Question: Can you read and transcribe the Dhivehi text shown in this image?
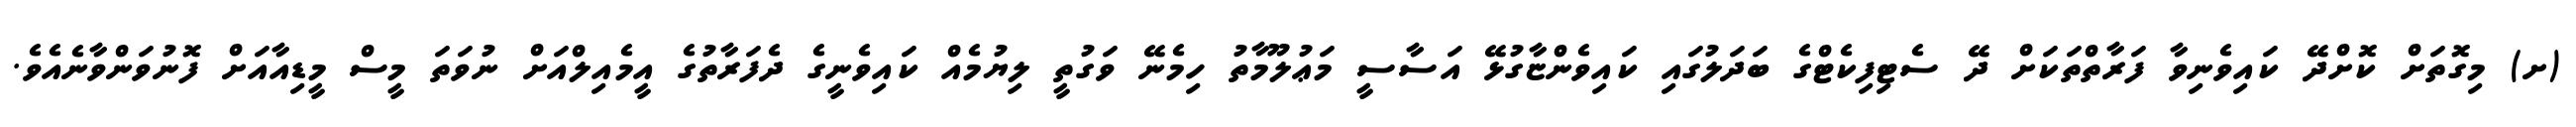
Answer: (ށ) މިގޮތަށް ކޮށްދޭ ކައިވެނިވާ ފަރާތްތަކަށް ދޭ ސެޓިފިކެޓްގެ ބަދަލުގައި ކައިވެންޏާގުޅޭ އަސާސީ މަޢުލޫމާތު ހިމެނޭ ވަގުތީ ލިޔުމެއް ކައިވެނީގެ ދެފަރާތުގެ އީމެއިލްއަށް ނުވަތަ މީސް މީޑިއާއަށް ފޮނުވަންވާނެއެވެ.